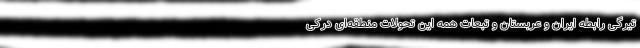
تیرگی رابطه ایران و عربستان و تبعات همه این تحولات منطقه‌ای درکی